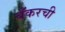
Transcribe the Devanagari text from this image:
बँकरची